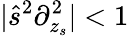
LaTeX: |\hat{s}^{2}\partial_{z_{s}}^{2}|<1